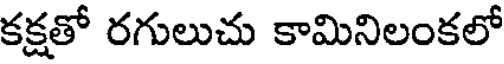
కక్షతో రగులుచు కామినిలంకలో